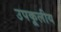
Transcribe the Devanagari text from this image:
उपकूलीय